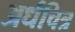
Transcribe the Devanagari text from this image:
अर्धचित्र